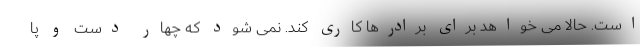
است. حالا می خواهد برای برادرها کاری کند. نمی شود که چهار دست و پا